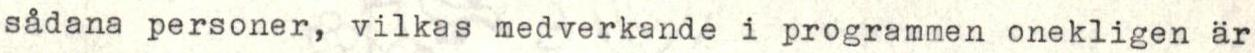
sådana personer, vilkas medverkande i programmen onekligen är